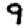
Digit: 9